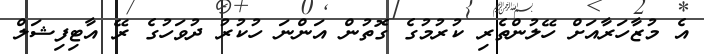
އެ މުޒާހަރާއަށް ހޭލުންތެރި ކުރުމުގެ ގޮތުން އަންނަ ހުކުރު ދުވަހުގެ ރޭ އާޓިފިޝަލް